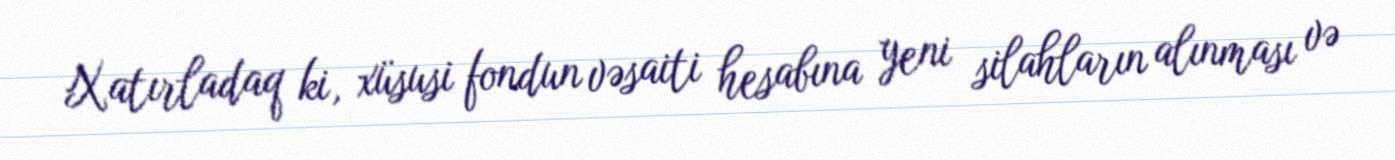
Xatırladaq ki, xüsusi fondun vəsaiti hesabına yeni silahların alınması və